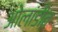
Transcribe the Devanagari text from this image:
ओलांडीत